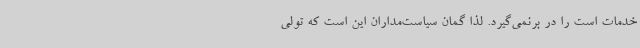
خدمات است را در برنمی‌گیرد. لذا گمان سیاست‌مداران این است که تولی